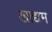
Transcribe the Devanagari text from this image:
खाद्यम